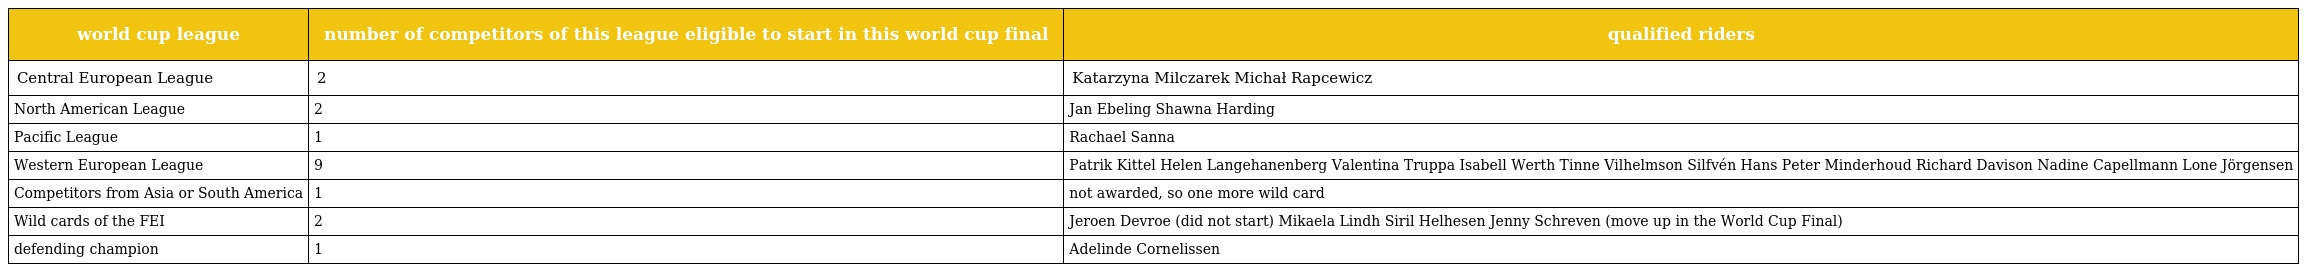
| world cup league | number of competitors of this league eligible to start in this world cup final | qualified riders |
 | --- | --- | --- |
 | Central European League | 2 | Katarzyna Milczarek Michał Rapcewicz |
 | North American League | 2 | Jan Ebeling Shawna Harding |
 | Pacific League | 1 | Rachael Sanna |
 | Western European League | 9 | Patrik Kittel Helen Langehanenberg Valentina Truppa Isabell Werth Tinne Vilhelmson Silfvén Hans Peter Minderhoud Richard Davison Nadine Capellmann Lone Jörgensen |
 | Competitors from Asia or South America | 1 | not awarded, so one more wild card |
 | Wild cards of the FEI | 2 | Jeroen Devroe (did not start) Mikaela Lindh Siril Helhesen Jenny Schreven (move up in the World Cup Final) |
 | defending champion | 1 | Adelinde Cornelissen |